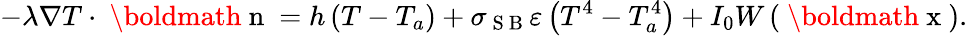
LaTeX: -\lambda\nabla T\cdot\mathrm{~\boldmath~n~}=h\left(T-T_{a}\right)+\sigma_{\mathrm{~S~B~}}\varepsilon\left(T^{4}-T_{a}^{4}\right)+I_{0}W\left(\mathrm{~\boldmath~x~}\right).